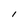
Character: I